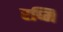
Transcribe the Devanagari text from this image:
रष्मि